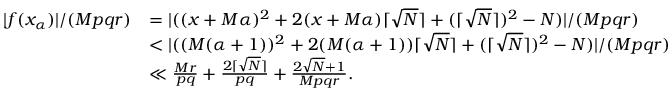
\begin{array} { r l } { | f ( x _ { \alpha } ) | / ( M p q r ) } & { = | ( ( x + M \alpha ) ^ { 2 } + 2 ( x + M \alpha ) \lceil \sqrt { N } \rceil + ( \lceil \sqrt { N } \rceil ) ^ { 2 } - N ) | / ( M p q r ) } \\ & { < | ( ( M ( \alpha + 1 ) ) ^ { 2 } + 2 ( M ( \alpha + 1 ) ) \lceil \sqrt { N } \rceil + ( \lceil \sqrt { N } \rceil ) ^ { 2 } - N ) | / ( M p q r ) } \\ & { \ll \frac { M r } { p q } + \frac { 2 \lceil \sqrt { N } \rceil } { p q } + \frac { 2 \sqrt { N } + 1 } { M p q r } . } \end{array}